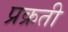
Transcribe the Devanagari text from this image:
प्रक्रती